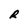
Character: R